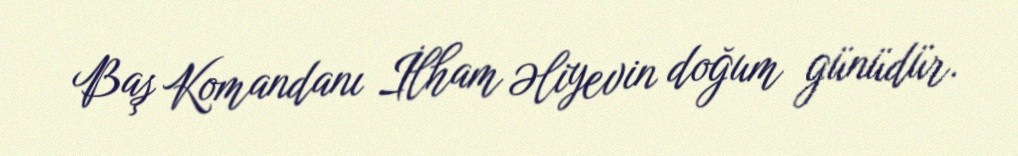
Baş Komandanı İlham Əliyevin doğum günüdür.